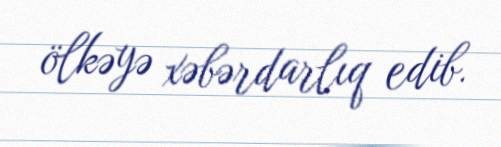
ölkəyə xəbərdarlıq edib.